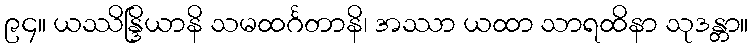
၉၄။ ယဿိန္ဒြိယာနိ သမထင်္ဂတာနိ၊ အဿာ ယထာ သာရထိနာ သုဒန္တာ။